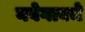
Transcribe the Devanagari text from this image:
नवेगावचे